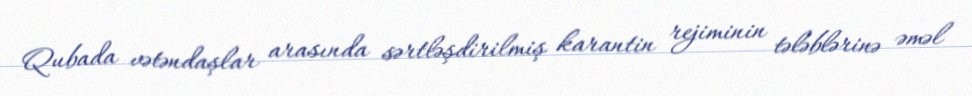
Qubada vətəndaşlar arasında sərtləşdirilmiş karantin rejiminin tələblərinə əməl